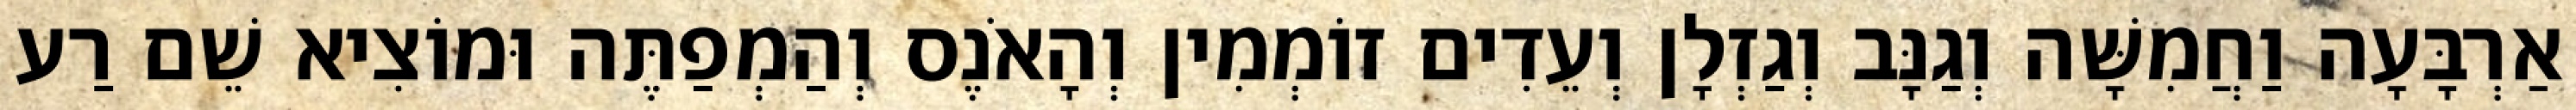
אַרְבָּעָה וַחֲמִשָּׁה וְגַנָּב וְגַזְלָן וְעֵדִים זוֹמְמִין וְהָאֹנֶס וְהַמְפַתֶּה וּמוֹצִיא שֵׁם רַע